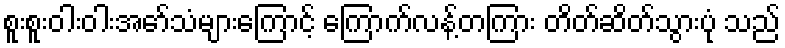
စူးစူးဝါးဝါးအော်သံများကြောင့် ကြောက်လန့်တကြား တိတ်ဆိတ်သွားပုံ သည်